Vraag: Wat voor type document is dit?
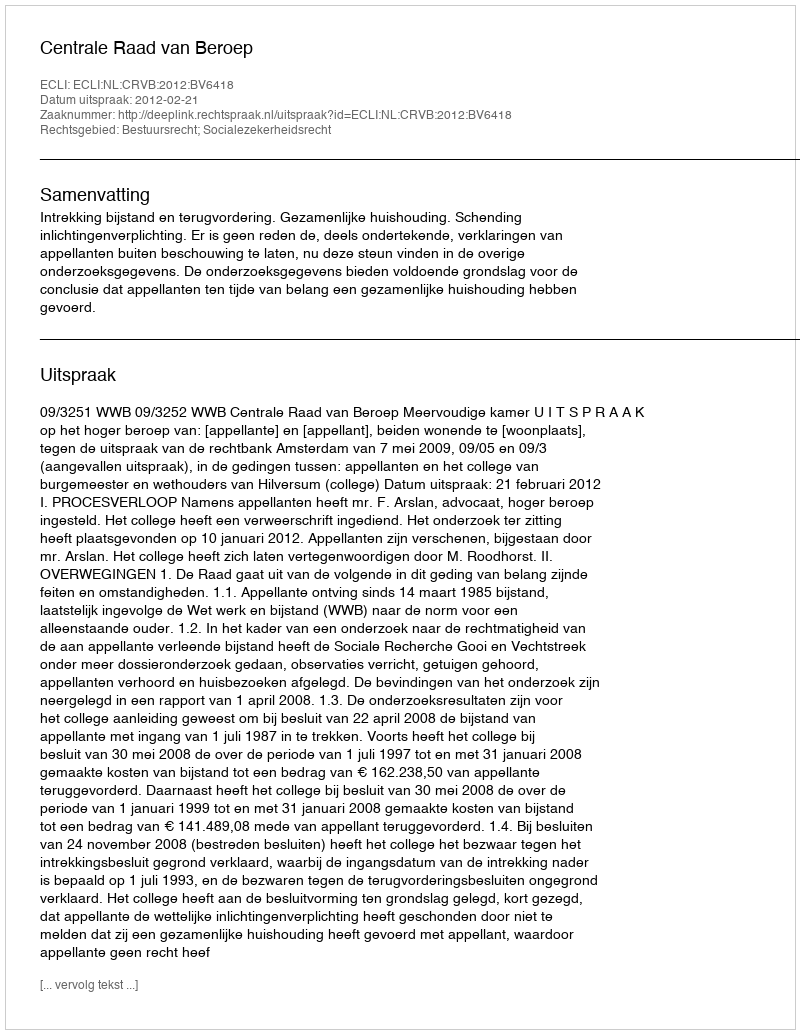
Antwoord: Uitspraak